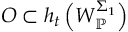
O \subset h _ { t } \left( W _ { \mathbb { P } } ^ { \Sigma _ { 1 } } \right)